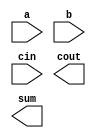
// Create a 100-bit binary adder. The adder adds two 100-bit numbers and a carry-in to produce a 100-bit sum and carry out.

// Hint: There are too many full adders to instantiate, but behavioural code works in this case.

module top_module( 
    input [99:0] a, b,
    input cin,
    output cout,
    output [99:0] sum );

    // Insert your code here

endmodule